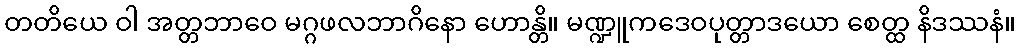
တတိယေ ဝါ အတ္တဘာဝေ မဂ္ဂဖလဘာဂိနော ဟောန္တိ။ မဏ္ဍူကဒေဝပုတ္တာဒယော စေတ္ထ နိဒဿနံ။